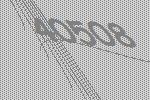
40508